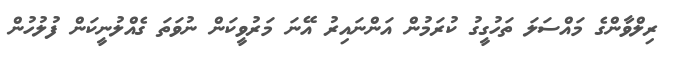
ރިލްވާންގެ މައްސަލަ ތަހުގީގު ކުރަމުން އަންނައިރު އޭނަ މަރުވީކަން ނުވަތަ ގެއްލުނީކަން ފުލުހުން